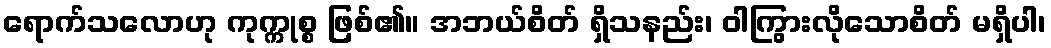
ရောက်သလောဟု ကုက္ကုစ္စ ဖြစ်၏။ အဘယ်စိတ် ရှိသနည်း၊ ဝါကြွားလိုသောစိတ် မရှိပါ၊